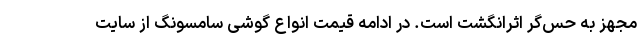
مجهز به حس‌گر اثرانگشت است. در ادامه قیمت انواع گوشی سامسونگ از سایت